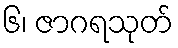
၆၊ ဇာဂရသုတ်